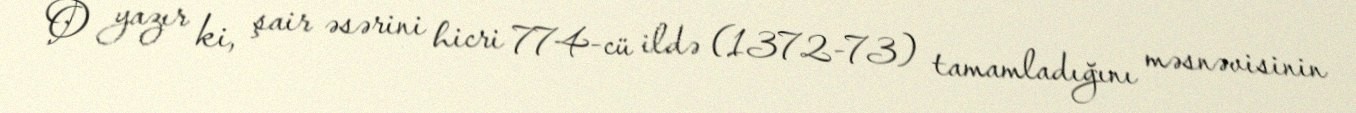
O yazır ki, şair əsərini hicri 774-cü ildə (1372-73) tamamladığını məsnəvisinin